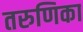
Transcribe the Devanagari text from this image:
तरुणिका